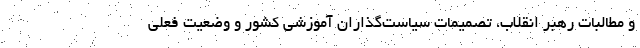
و مطالبات رهبر انقلاب، تصمیمات سیاست‌گذاران آموزشی کشور و وضعیت فعلی